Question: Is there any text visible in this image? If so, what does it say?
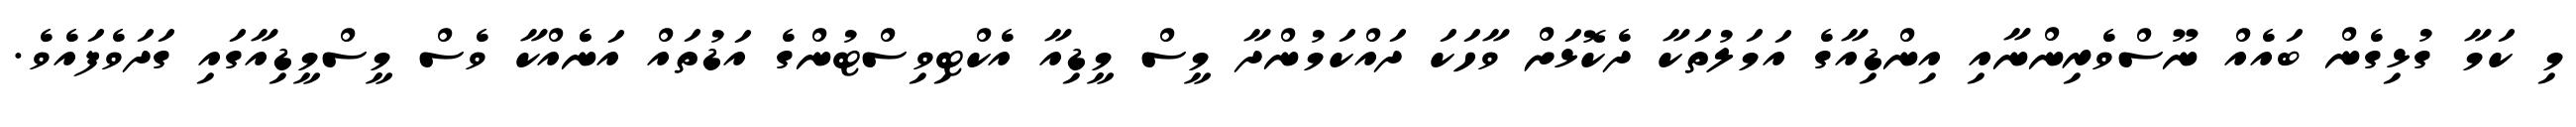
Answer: މި ކަމާ ގުޅިގެން ބައެއް ނޫސްވެރިންނާއި އިންޑިއާގެ އަމަލުތަކާ ދެކޮޅަށް ވާހަކަ ދައްކަމުންދާ މީސް މީޑިއާ އެކްޓިވިސްޓުންގެ އަޑުތައް އަނެެއްކާ ވެސް މީސްމީޑިއާގައި ގަދަވެފައެވެ.